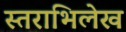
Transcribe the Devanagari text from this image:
स्तराभिलेख